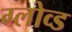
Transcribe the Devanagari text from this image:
ग्लोव्ड